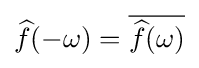
{\widehat {f}}(-\omega )={\overline {{\widehat {f}}(\omega )}}